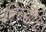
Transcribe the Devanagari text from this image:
तिरुमोळि